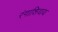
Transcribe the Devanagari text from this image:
रंगाशिवाय